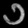
Digit: ၁